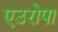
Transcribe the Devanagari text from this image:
एउरोपा